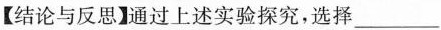
【结论与反】过上述实验探究，选择___